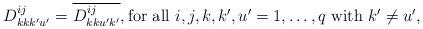
LaTeX: \begin{align*} D^{ij}_{kk k'u' }=\overline{D^{ij}_{kk u'k' }} , \mbox{for all $i,j,k,k',u'=1,\dots,q$ with $k'\neq u'$,} \end{align*}